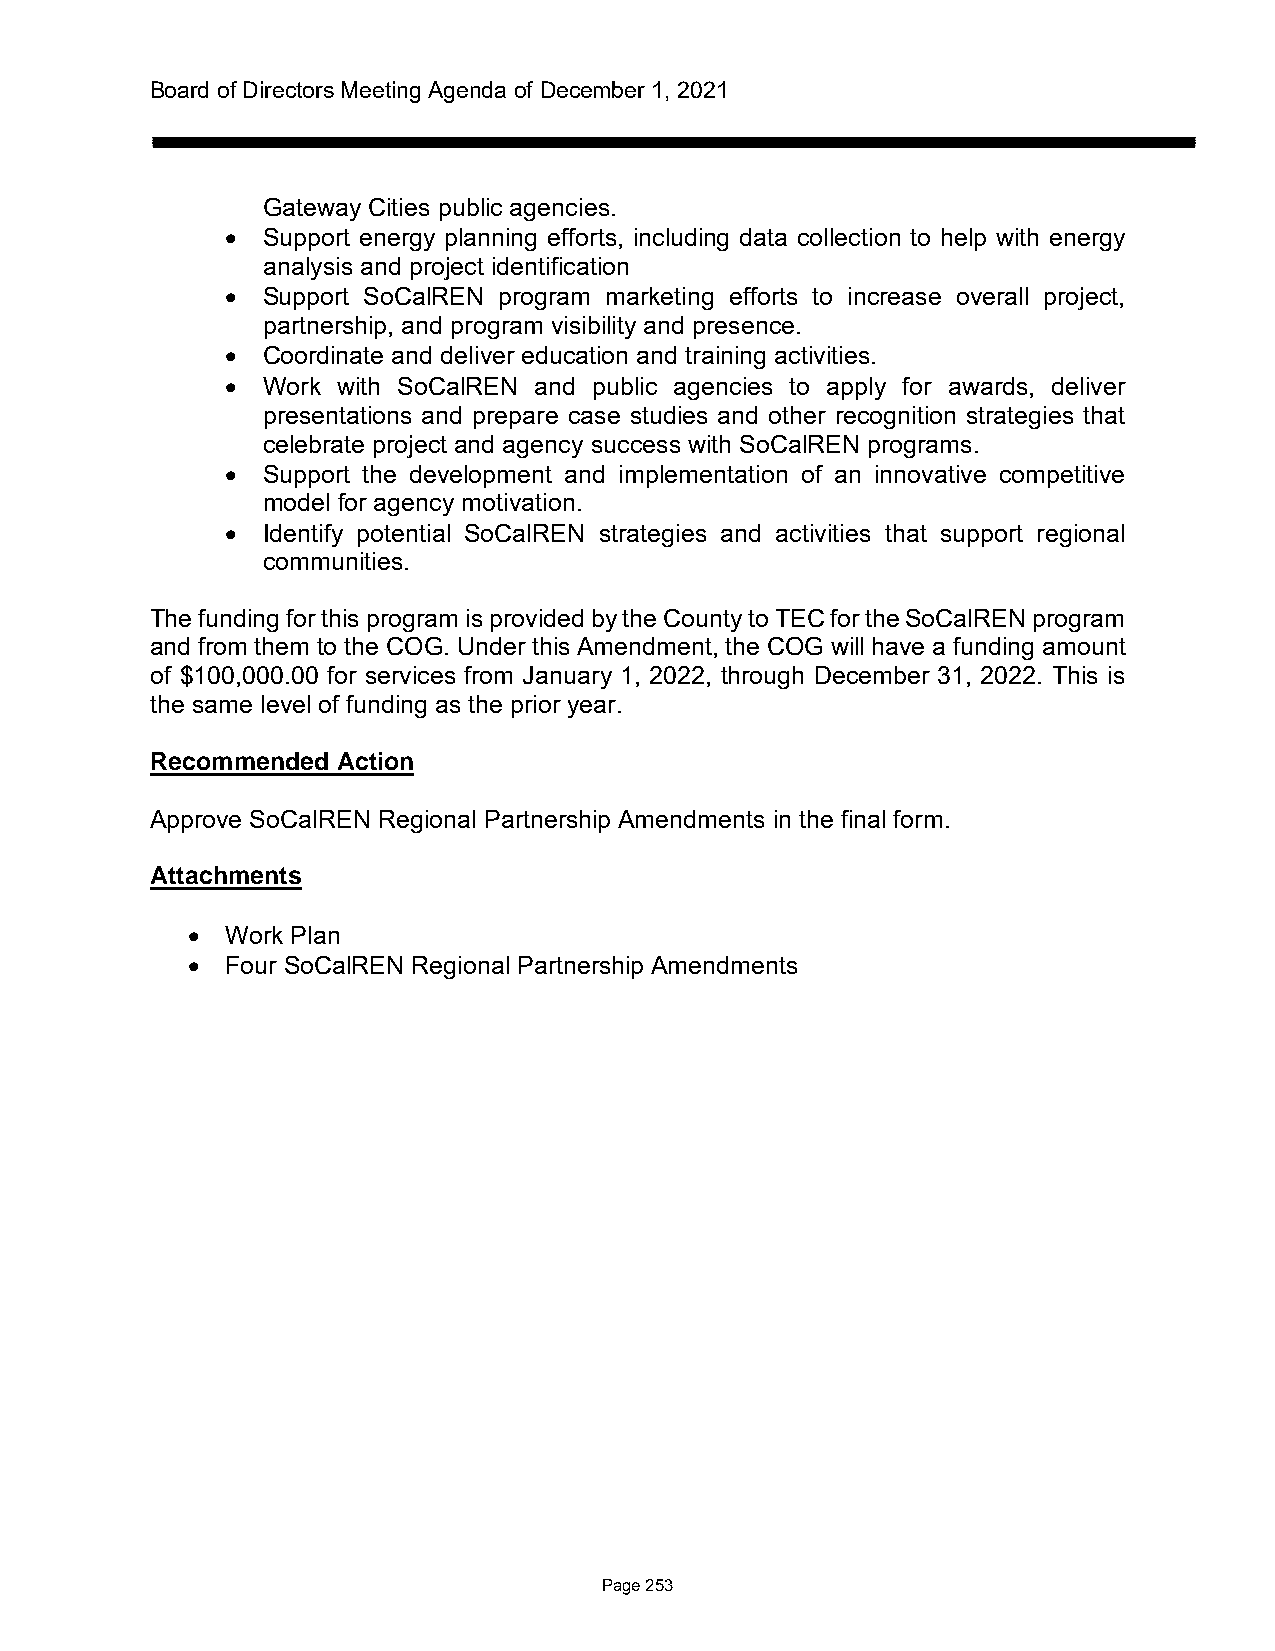
Board of Directors Meeting Agenda of December 1, 2021
 Gateway Cities public agencies.
 • Support energy planning efforts, including data collection to help with energy
 analysis and project identification
 • Support SoCalREN program marketing efforts to increase overall project,
 partnership, and program visibility and presence.
 • Coordinate and deliver education and training activities.
 • Work with SoCalREN and public agencies to apply for awards, deliver
 presentations and prepare case studies and other recognition strategies that
 celebrate project and agency success with SoCalREN programs.
 • Support the development and implementation of an innovative competitive
 model for agency motivation.
 • Identify potential SoCalREN strategies and activities that support regional
 communities.
 The funding for this program is provided by the County to TEC for the SoCalREN program
 and from them to the COG. Under this Amendment, the COG will have a funding amount
 of $100,000.00 for services from January 1, 2022, through December 31, 2022. This is
 the same level of funding as the prior year.
 Recommended Action
 Approve SoCalREN Regional Partnership Amendments in the final form.
 Attachments
 •  Work Plan
 •  Four SoCalREN Regional Partnership Amendments
 Page 253